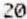
20